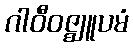
ဂါဝီဝဇ္ဈူပမံ